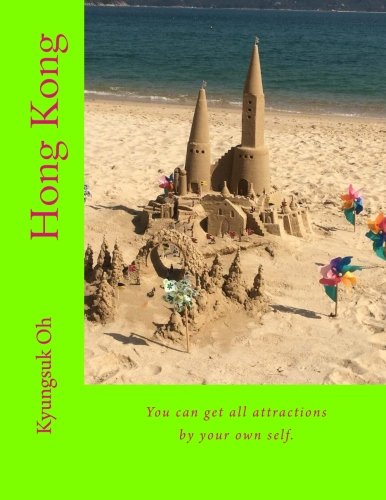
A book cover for Hong Kong: You can get all attractions by yourself.; Kyungsuk Oh; Travel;